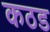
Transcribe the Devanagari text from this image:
कठड